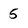
Character: 5